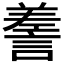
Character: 𧪰